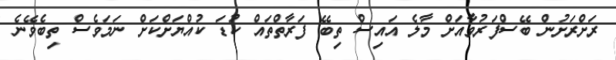
ރަށްރަށުން ބޭސްފަރުވާއަށް މާލެ އައިސް ތިބޭ ފަރާތްތައް ކުޑަ ކުއްޔަށްކަށް ނަމަވެސް ތިބެވޭނެ